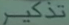
تنكير